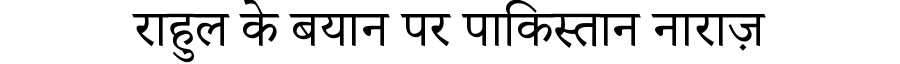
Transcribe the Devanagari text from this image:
राहुल के बयान पर पाकिस्तान नाराज़